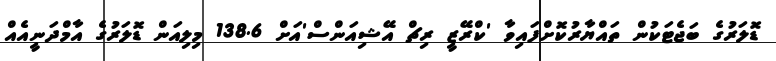
ޑޮލަރުގެ ބަޖެޓަކުން ތައްޔާރުކޮށްފައިވާ 'ކްރޭޒީ ރިޗް އޭޝިއަންސް'އަށް 138.6 މިލިއަން ޑޮލަރުގެ އާމްދަނީއެއް